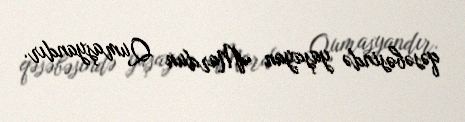
qəsəbəsində yaşayan Mardun Qumaşyandır.